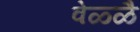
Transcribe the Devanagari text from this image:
वेळ्ळै